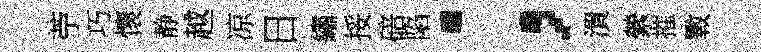
苧巧懷静越凉日繡挼碚陷；潰縈摧斁